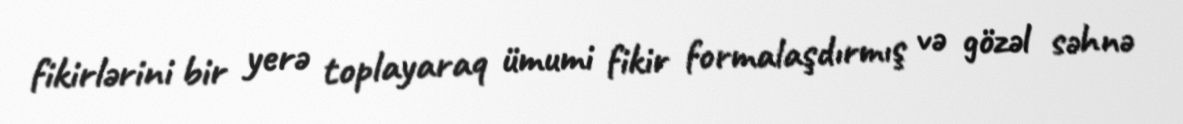
fikirlərini bir yerə toplayaraq ümumi fikir formalaşdırmış və gözəl səhnə